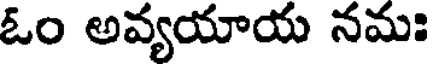
ఓం అవ్యయాయ నమః